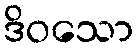
ဒိဝသော